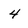
Character: 4